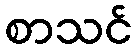
စာသင်